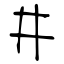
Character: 井